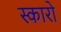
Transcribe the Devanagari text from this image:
स्कारो